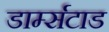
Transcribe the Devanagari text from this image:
डार्म्सटाड